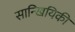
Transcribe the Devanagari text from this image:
सान्खियिकी